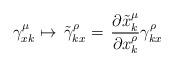
LaTeX: \begin{align*}\gamma^\mu_{x k}\mapsto \,\tilde{\gamma}^\rho_{kx} =\,\frac{\partial \tilde{x}^\mu_{k}}{\partial x^\rho_{k}} \gamma^\rho_{kx}\end{align*}